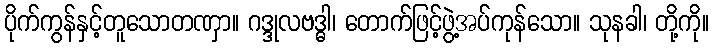
ပိုက်ကွန်နှင့်တူသောတဏှာ။ ဂဒ္ဒုလဗဒ္ဓါ၊ တောက်ဖြင့်ဖွဲ့အပ်ကုန်သော။ သုနခါ၊ တို့ကို။